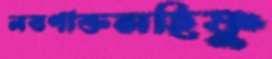
লবণাক্তসহিষ্ণু